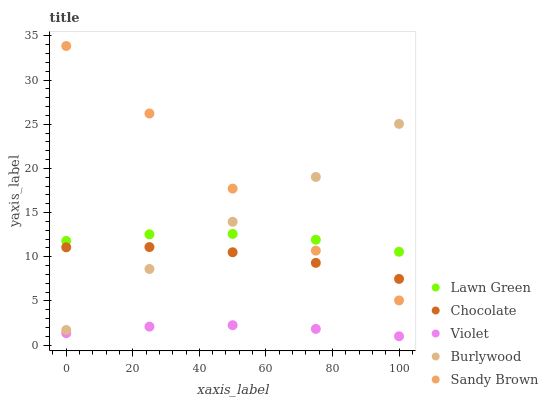
| xaxis_label | Lawn Green | Chocolate | Violet | Burlywood | Sandy Brown |
 | --- | --- | --- | --- | --- | --- |
 | 0 | 11.8 | 11.1 | 1.35 | 1.71 | 33.9 |
 | 25 | 12.5 | 11.1 | 2.09 | 8.61 | 26.2 |
 | 50 | 12.6 | 10.5 | 2.25 | 14 | 17.7 |
 | 75 | 11.9 | 9.31 | 1.83 | 19 | 10.7 |
 | 100 | 10.6 | 7.49 | 1 | 25 | 5.05 |